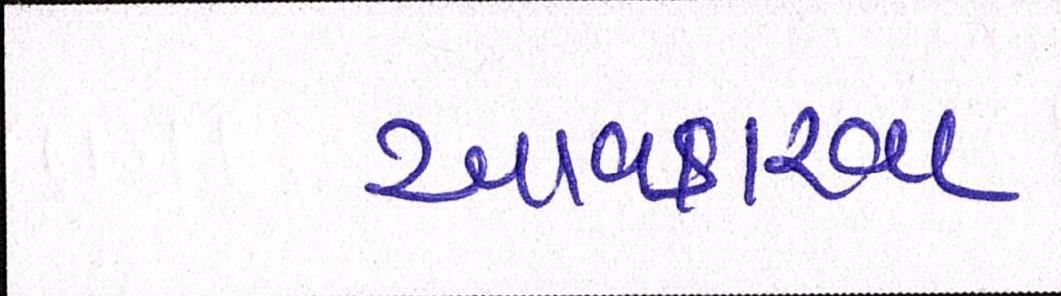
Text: આવકારવા